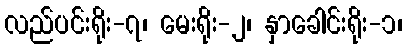
လည်ပင်းရိုး-၇၊ မေးရိုး-၂၊ နှာခေါင်းရိုး-၁၊